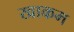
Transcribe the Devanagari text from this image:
खाकम